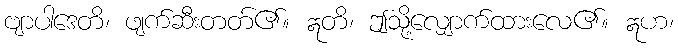
ဗျာပါဒေတိ၊ ဖျက်ဆီးတတ်၏။ ဣတိ၊ ဤသို့လျှောက်ထားလေ၏။ ဣဟ၊